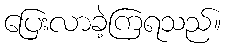
ပြေးလာခဲ့ကြရသည်။